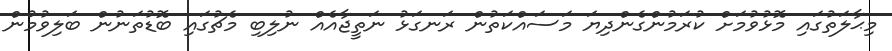
މިޙާލަތުގައި މޮޅުވުމަށް ކުރަމުންގެންދިޔަ މަސައްކަތުން ރަނގަޅު ނަތީޖާއެއް ނުލިބި މެޗުގައި ބޮޑުތަނުން ބަލިވުމުން